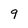
Character: 9